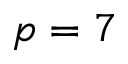
p = 7